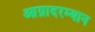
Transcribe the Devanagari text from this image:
आग्रादरम्यान